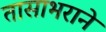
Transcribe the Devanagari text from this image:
तासाभराने